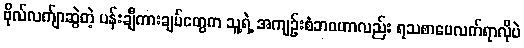
ဗိုလ်လက်ျာဆွဲတဲ့ ပန်းချီကားချပ်တွေက သူ့ရဲ့ အကျဉ်းစံဘဝဟာလည်း ရသစာပေလက်ရာလိုပဲ